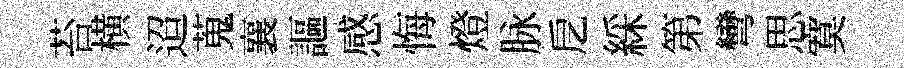
苔横迢蒐襄謳感悔燈脉戹綵第彎思寞